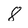
Character: 8